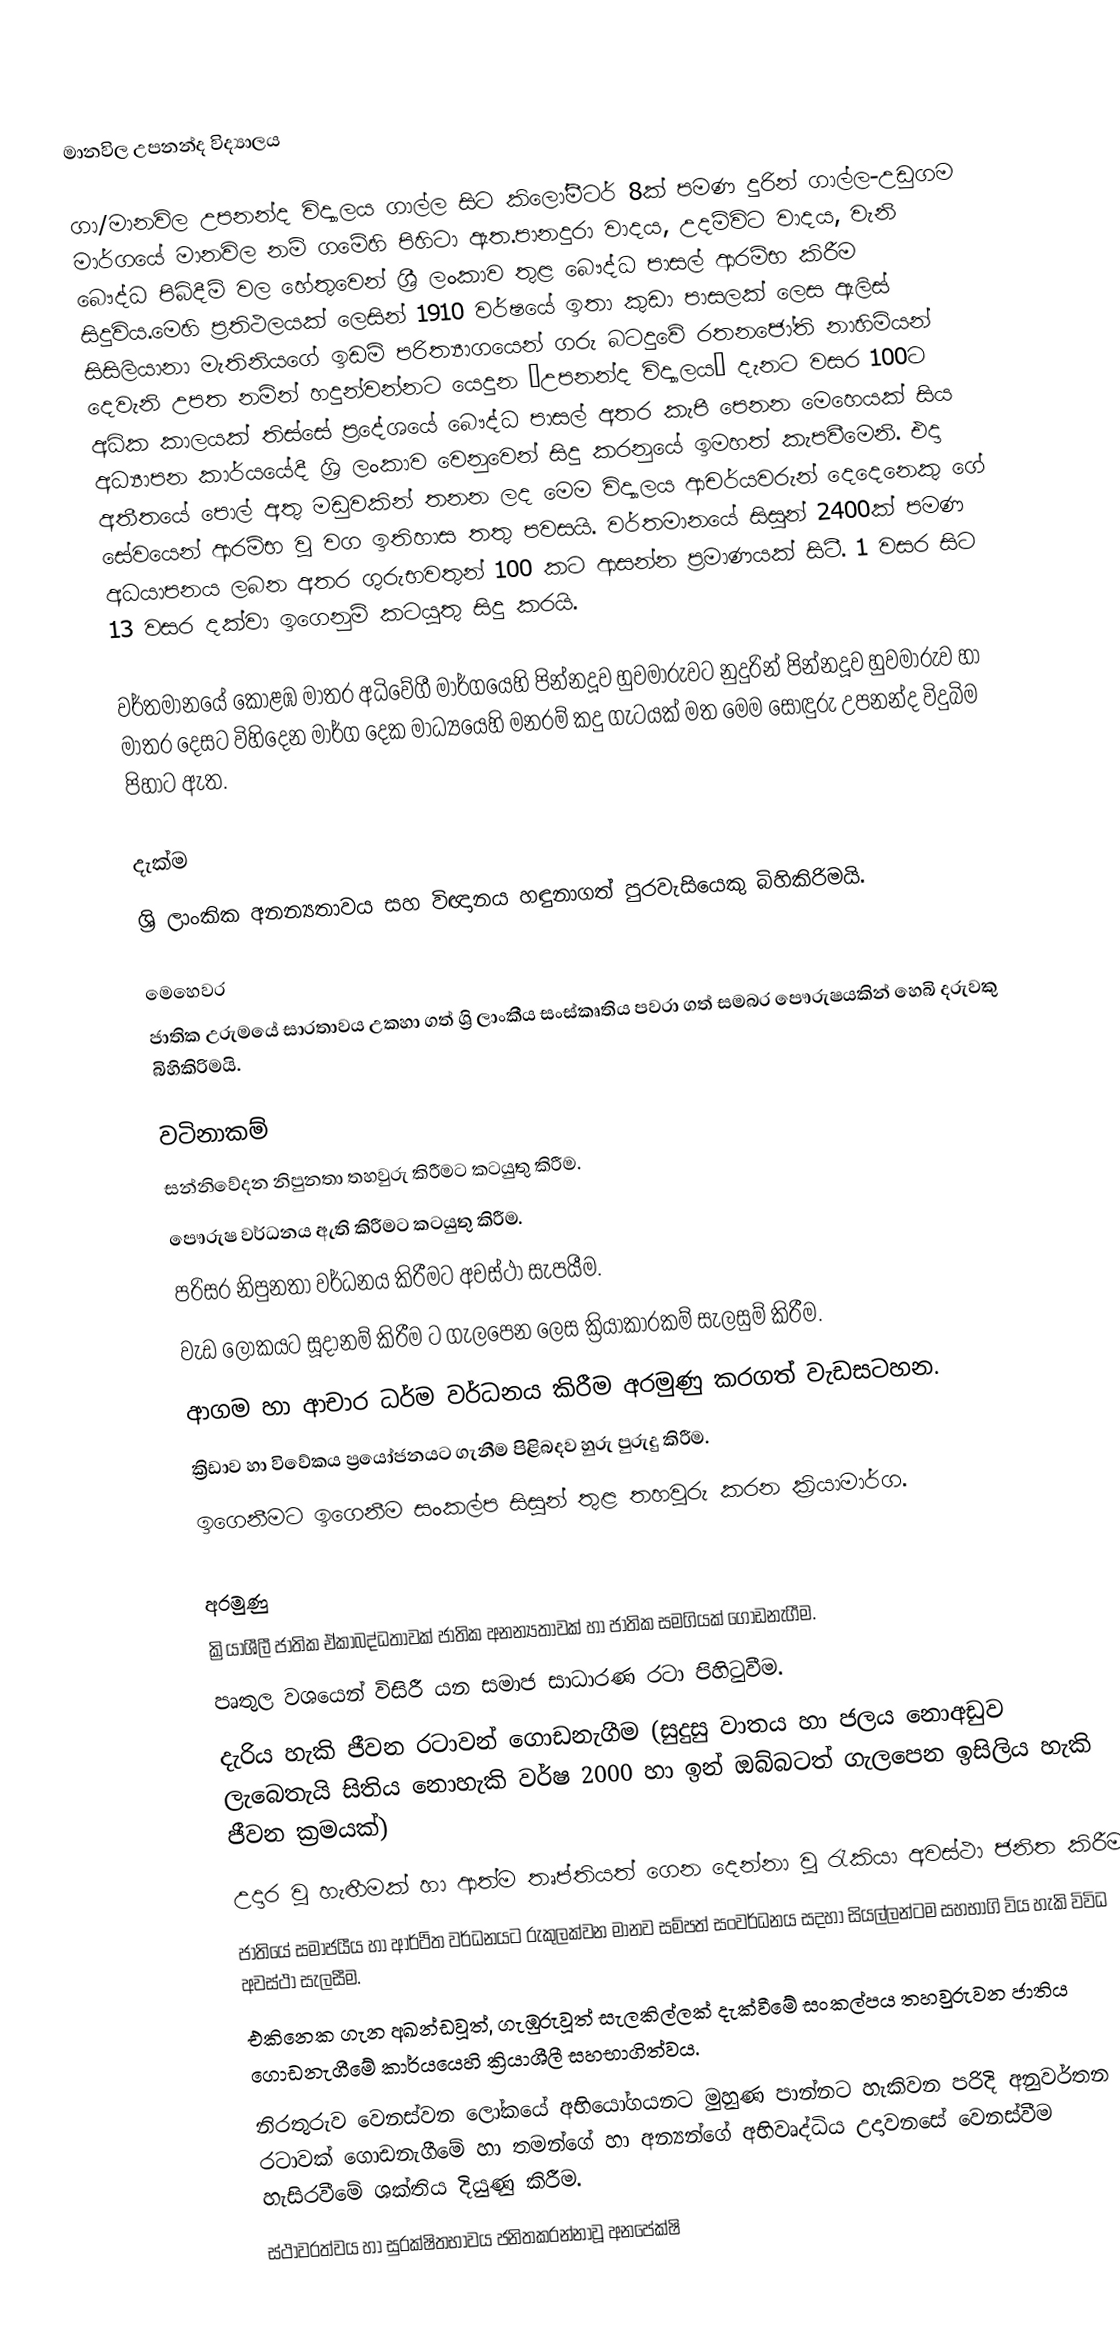

මානවිල උපනන්ද විද්‍යාලය

ගා/මානවිල උපනන්ද විද්‍යාලය ගාල්ල සිට කිලෝමීටර් 8ක් පමණ දුරින් ගාල්ල-උඩුගම මාර්ගයේ මානවිල නම් ගමේහි පිහිටා ඇත.පානදුරා වාදය, උදම්විට වාදය, වැනි බෞද්ධ පිබිදීම් වල හේතුවෙන් ශ්‍රී ලංකාව තුළ බෞද්ධ පාසල් ආරම්භ කිරීම සිදුවිය.මෙහි ප්‍රතිථලයක් ලෙසින්  1910 වර්ෂයේ ඉතා කුඩා පාසලක් ලෙස  ඇලිස් සිසිලියානා මැතිනියගේ ඉඩම් පරිත්‍යාගයෙන් ගරු  බටදුවේ රතනජෝති නාහිමියන් දෙවැනි උපත නමින් හදුන්වන්නට යෙදුන “උපනන්ද විද්‍යාලය“ දැනට වසර 100ට අධික කාලයක් තිස්සේ ප්‍රදේශයේ බෞද්ධ පාසල් අතර කැපී පෙනන මෙහෙයක් සිය අධ්‍යාපන කාර්යයේදී ශ්‍රි ලංකාව වෙනුවෙන් සිදු කරනුයේ ඉමහත් කැපවීමෙනි. එදා අතීතයේ පොල් අතු මඩුවකින් තනන ලද මෙම විද්‍යාලය ආචර්යවරුන් දෙදෙනෙකු ගේ සේවයෙන් ආරම්භ වු වග ඉතිහාස තතු පවසයි. වර්තමානයේ සිසුන් 2400ක් පමණ අධයාපනය ලබන අතර ගුරුභවතුන් 100 කට ආසන්න ප්‍රමාණයක් සිටී. 1 වසර සිට 13 වසර දක්වා ඉගෙනුම් කටයුතු සිදු කරයි.

වර්තමානයේ කොළඹ මාතර අධිවේගී මාර්ගයෙහි පින්නදූව හුවමාරුවට නුදුරින්  පින්නදූව හුවමාරුව හා මාතර දෙසට විහිදෙන මාර්ග දෙක මාධ්‍යයෙහි  මනරම් කදු ගැටයක් මත මෙම සොඳුරු උපනන්ද විදුබිම පිහාට ඇත.

දැක්ම
ශ්‍රි ලාංකික අනන්‍යතාවය සහ විඥානය හඳුනාගත් පුරවැසියෙකු බිහිකිරිමයි.

මෙහෙවර
ජාතික උරුමයේ සාරතාවය උකහා ගත් ශ්‍රි ලාංකීය සංස්කෘතිය පවරා ගත් සමබර පෞරුෂයකින් හෙබි දරුවකු බිහිකිරිමයි.

වටිනාකම්
	සන්නිවේදන නිපුනතා තහවුරු කිරීමට කටයුතු කිරීම.
	පෞරුෂ වර්ධනය ඇති කිරීමට කටයුතු කිරීම.
	පරිසර නිපුනතා වර්ධනය කිරීමට අවස්ථා සැපයීම.
	වැඩ ලෝකයට සූදානම් කිරීම ට ගැලපෙන ලෙස ක්‍රියාකාරකම් සැලසුම් කිරීම.
	ආගම හා ආචාර ධර්ම වර්ධනය කිරීම  අරමුණු කරගත් වැඩසටහන.
	ක්‍රිඩාව හා විවේකය ප්‍රයෝජනයට ගැනීම පිළිබදව හුරු පුරුදු කිරීම.
	ඉගෙනීමට ඉගෙනීම සංකල්ප සිසුන් තුළ තහවුරු කරන ක්‍රියාමාර්ග.

අරමුණු
	ක්‍රියාශීලී ජාතික ඒකාබද්ධතාවක් ජාතික අනන්‍යතාවක් හා ජාතික සමගියක් ගොඩනැගීම.
	පෘතුල වශයෙන් විසිරී යන සමාජ සාධාරණ රටා පිහිටුවීම.
	දැරිය හැකි ජීවන රටාවන් ගොඩනැගීම (සුදුසු වාතය හා ජලය නොඅඩුව ලැබෙතැයි සිතිය නොහැකි වර්ෂ 2000 හා ඉන් ඔබ්බටත් ගැලපෙන ඉසිලිය හැකි ජීවන ක්‍රමයක්)
	උදාර වු හැඟීමක් හා ආත්ම තෘප්තියත් ගෙන දෙන්නා වූ රැකියා අවස්ථා ජනිත කිරීම.
	ජාතියේ සමාජයීය හා ආර්ථිත වර්ධනයට රුකුලක්වන  මානව සම්පත් සංවර්ධනය සදහා සියල්ලන්ටම සහභාගි විය හැකි විවිධ අවස්ථා සැලසීම.
	එකිනෙක ගැන අඛන්ඩවූත්, ගැඹුරුවූත් සැලකිල්ලක් දැක්වීමේ සංකල්පය තහවුරුවන ජාතිය ගොඩනැගීමේ  කාර්යයෙහි ක්‍රියාශීලී සහභාගිත්වය.
	නිරතුරුව වෙනස්වන ලෝකයේ අභියෝගයනට මුහුණ පාන්නට හැකිවන පරිදි අනුවර්තන රටාවක් ගොඩනැගීමේ හා තමන්ගේ හා අන්‍යන්ගේ අභිවෘද්ධිය උදාවනසේ වෙනස්වීම හැසිරවීමේ ශක්තිය දියුණු කිරීම.
	ස්ථාවරත්වය හා සුරක්ෂිතභාවය ජනිතකරන්නාවූ අනපේක්ෂි